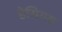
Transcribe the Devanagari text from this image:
डेसियस